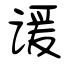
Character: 谖